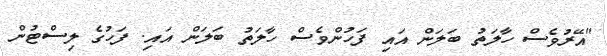
"އޭރުވެސް ހާލަތު ބަލަން އައި ފަހުންވެސް ހާލަތު ބަލަން އަައި. ފަހުގެ ލިސްޓުން